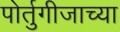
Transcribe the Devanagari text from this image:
पोर्तुगीजाच्या